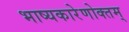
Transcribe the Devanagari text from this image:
भाष्यकारेणोक्तम्